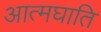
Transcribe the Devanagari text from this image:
आत्मघाति